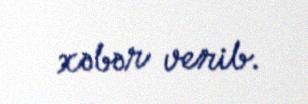
xəbər verib.